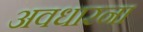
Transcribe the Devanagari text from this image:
अवधारना